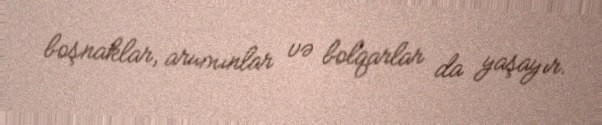
boşnaklar, arumınlar və bolqarlar da yaşayır.